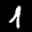
Label: 1